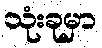
သုံးခုမှာ